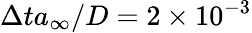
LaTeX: \Delta ta_{\infty}/D=2\times 10^{-3}